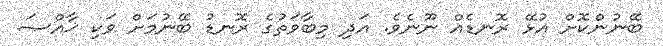
ބޭނުންކޮށް އުޅޭ ރޮނޑެއް ނޫނެވެ. އަދި މިބާވަތުގެ ރޮނޑު ބޭނުމަށް ވަކި ޚާއްޞަ